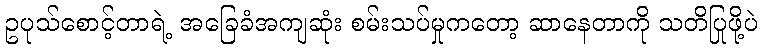
ဥပုသ်စောင့်တာရဲ့ အခြေခံအကျဆုံး စမ်းသပ်မှုကတော့ ဆာနေတာကို သတိပြုဖို့ပဲ